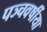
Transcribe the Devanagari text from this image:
पञ्चवर्षीया